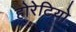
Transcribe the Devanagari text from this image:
होरेटियो